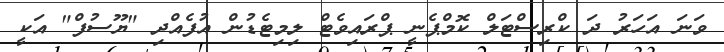
ވަނަ އަހަރު ދަ ކްރިސްޓަލް ކޮމްޕެނީ ޕްރައިވެޓް ލިމިޓެޑުން އުފެއްދި "ޔޫސުފް" އަކީ